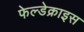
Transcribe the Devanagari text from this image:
फेल्डेक्राइस